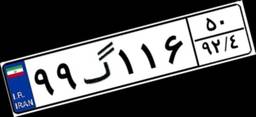
۹۹گ۱۱۶۵۰